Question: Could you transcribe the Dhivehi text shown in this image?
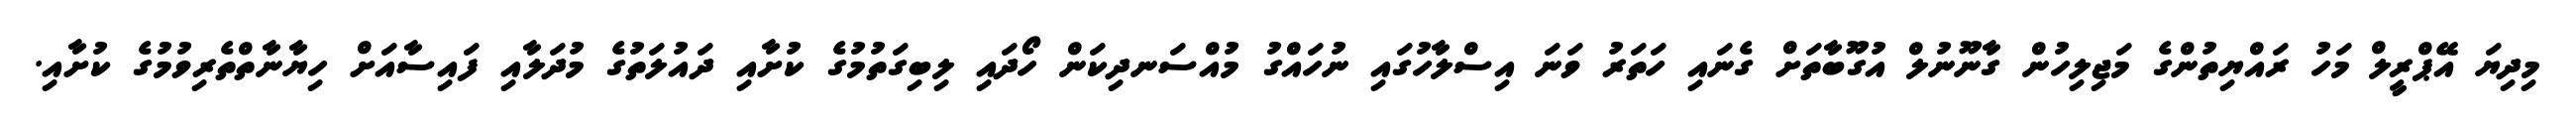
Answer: މިދިޔަ އޭޕްރީލް މަހު ރައްޔިތުންގެ މަޖިލިހުން ގާނޫނުލް އުގޫބާތަށް ގެނައި ހަތަރު ވަނަ އިސްލާހުގައި ނުހައްގު މުއްސަނދިކަން ހޯދައި ލިބިގަތުމުގެ ކުށާއި ދައުލަތުގެ މުދަލާއި ފައިސާއަށް ހިޔާނާތްތެރިވުމުގެ ކުށާއި.